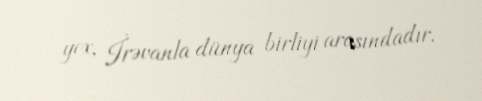
yox, İrəvanla dünya birliyi arasındadır.